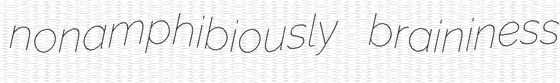
nonamphibiously braininess